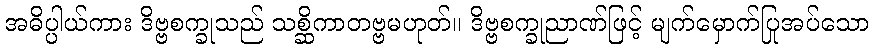
အဓိပ္ပါယ်ကား ဒိဗ္ဗစက္ခုသည် သစ္ဆိကာတဗ္ဗမဟုတ်။ ဒိဗ္ဗစက္ခုညာဏ်ဖြင့် မျက်မှောက်ပြုအပ်သော